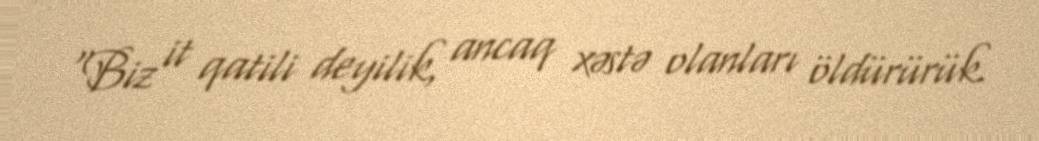
“Biz it qatili deyilik, ancaq xəstə olanları öldürürük.